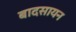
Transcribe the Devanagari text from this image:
बादसायन